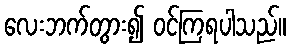
လေးဘက်တွား၍ ဝင်ကြရပါသည်။